Annual report on the working of the lock hospitals in the North-Western Provinces and Oudh
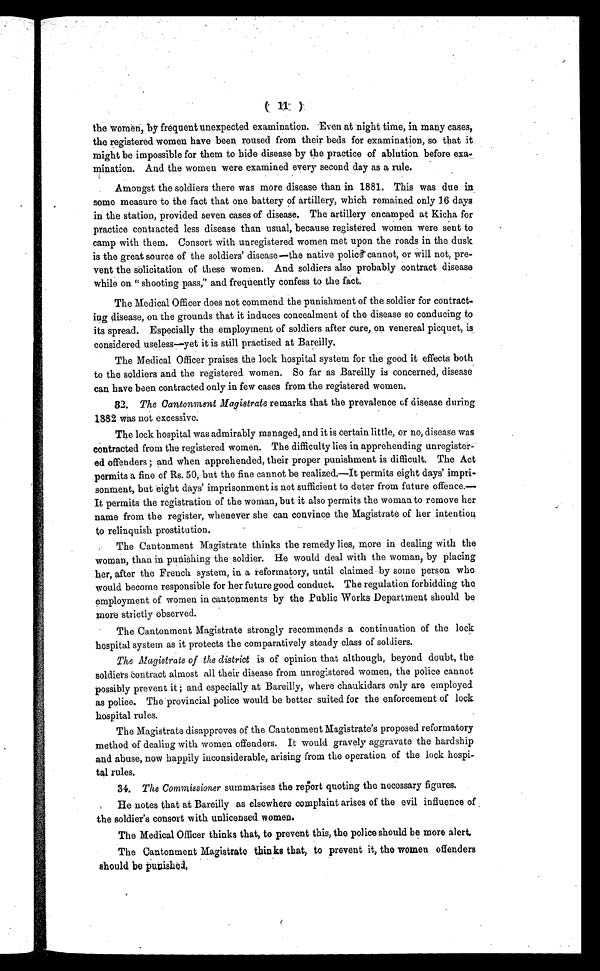
( 11 )
the women, by frequent unexpected examination. Even at night time, in many cases,
the registered women have been , roused from their beds for examination, so that it
might be impossible for them to hide disease by the practice of ablution before exa-
mination. And the women were examined every second day as a rule.
Amongst the soldiers there was more disease than in 1881. This was due in
some measure to the fact that one battery of artillery, which remained only 16 days
in the station, provided seven cases of disease. The artillery encamped at Kicha for
practice contracted less disease than usual, because registered women were sent to
camp with them. Consort with unregistered women met upon the roads in the dusk
is the great source of the soldiers' disease—the native police cannot, or will not, pre-
vent the solicitation of these women. And soldiers also probably contract disease
while on ''shooting pass," and frequently confess to the fact.
The Medical Officer does not commend the punishment of the soldier for contract-
ing disease, on. the grounds that it induces concealment of the disease so conducing to
its spread. Especially the employment of soldiers after cure, on venereal picquet, is
considered useless—yet it is still practised at Bareilly.
The Medical Officer praises the lock hospital system for the good it effects both
to the soldiers and the registered women. So far as Bareilly is concerned, disease
can have been contracted only in few cases from the registered women.
32. The Cantonment Magistrate remarks that the prevalence of disease during
1882 was not excessive.
The lock hospital was admirably managed, and it is certain little, or no, disease was
contracted from the registered women. The difficulty lies in apprehending unregister-
ed offenders ; and when apprehended, their proper punishment is difficult. The Act
permits a fine of Rs. 50, but the fine cannot be realized.—It permits eight days' impri-
sonment, but eight days' imprisonment is not sufficient to deter 'from future offence.—
It permits the registration of the woman, but it also permits the woman to remove her
name from the register, whenever she can convince the Magistrate of her intention
to relinquish prostitution.
The Cantonment Magistrate thinks the remedy lies, more in dealing with the
woman, than in punishing the soldier. He would deal with the woman, by placing
her, after the French system, in a reformatory, until claimed by some person who
would become responsible for her future good conduct. The regulation forbidding the
employment of women in cantonments by the Public Works Department should be
more strictly observed.
he Cantonment Magistrate strongly recommends a continuation of the lock
hospital system as it protects the comparatively steady class of soldiers.
The Magistrate of the district is of opinion that although, beyond doubt, the
soldiers contract almost all their disease from unregistered women, the police cannot
possibly prevent it ; and especially at Bareilly, where chaukidars only are employed
as police. The provincial police would be better suited for the enforcement of lock
hospital rules.
The Magistrate disapproves of the Cantonment Magistrate's proposed reformatory
method of dealing with women offenders. It would gravely aggravate the hardship
and abuse, now happily inconsiderable, arising from the operation of the lock hospi-
tal rules.
34. The Commissioner summarises the report quoting the necessary figures.
He notes that at Bareilly as elsewhere complaint arises of the evil influence of
the soldier's consort with unlicensed women.
The Medical Officer thinks that, to prevent this, the police should be more alert.
The Cantonment Magistrate thinks that, to prevent it, the women offenders
should be punished,